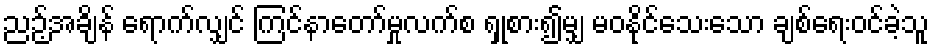
ညဉ့်အချိန် ရောက်လျှင် ကြင်နာတော်မှုလက်စ ရှုစား၍မျှ မဝနိုင်သေးသော ချစ်ရေးဝင်ခဲ့သူ